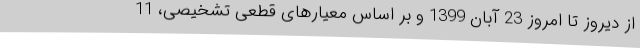
از دیروز تا امروز 23 آبان 1399 و بر اساس معیارهای قطعی تشخیصی، 11